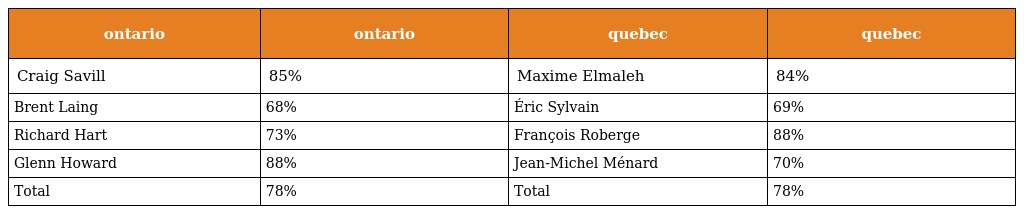
| ontario | ontario | quebec | quebec |
 | --- | --- | --- | --- |
 | Craig Savill | 85% | Maxime Elmaleh | 84% |
 | Brent Laing | 68% | Éric Sylvain | 69% |
 | Richard Hart | 73% | François Roberge | 88% |
 | Glenn Howard | 88% | Jean-Michel Ménard | 70% |
 | Total | 78% | Total | 78% |